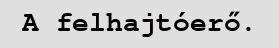
A felhajtóerő.